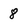
Character: 8